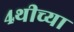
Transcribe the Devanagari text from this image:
४थीच्या